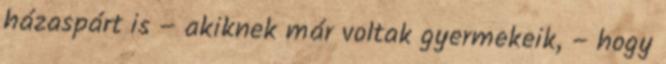
házaspárt is – akiknek már voltak gyermekeik, – hogy